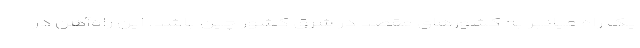
یک راه میانبر به کشورهای مقصد در شرق کشور چین باشد. این راه‌آهن در